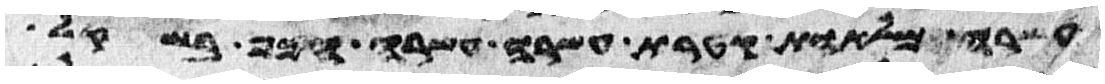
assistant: עשרה מלאות קטרת עשרה עשרה הכף בשקל